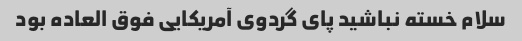
سلام خسته نباشید پای گردوی آمریکایی فوق العاده بود